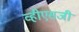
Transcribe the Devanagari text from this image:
व्हीएसजी